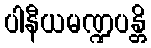
ပါနီယမဏ္ဍပန္တိ